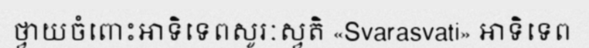
ថ្វាយចំពោះអាទិទេពសូរៈស្វតិ «Svarasvati» អាទិទេព